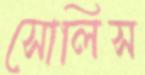
সোলিস